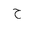
Letter: _ha